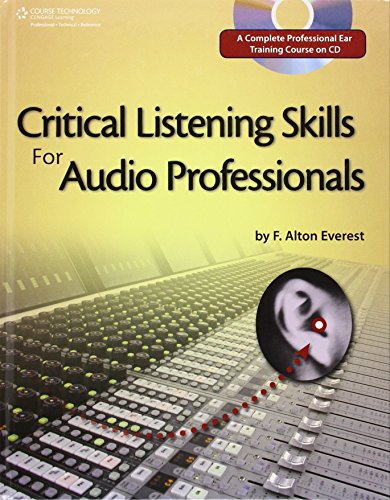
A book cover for Critical Listening Skills for Audio Professionals; F. Alton Everest; Computers & Technology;